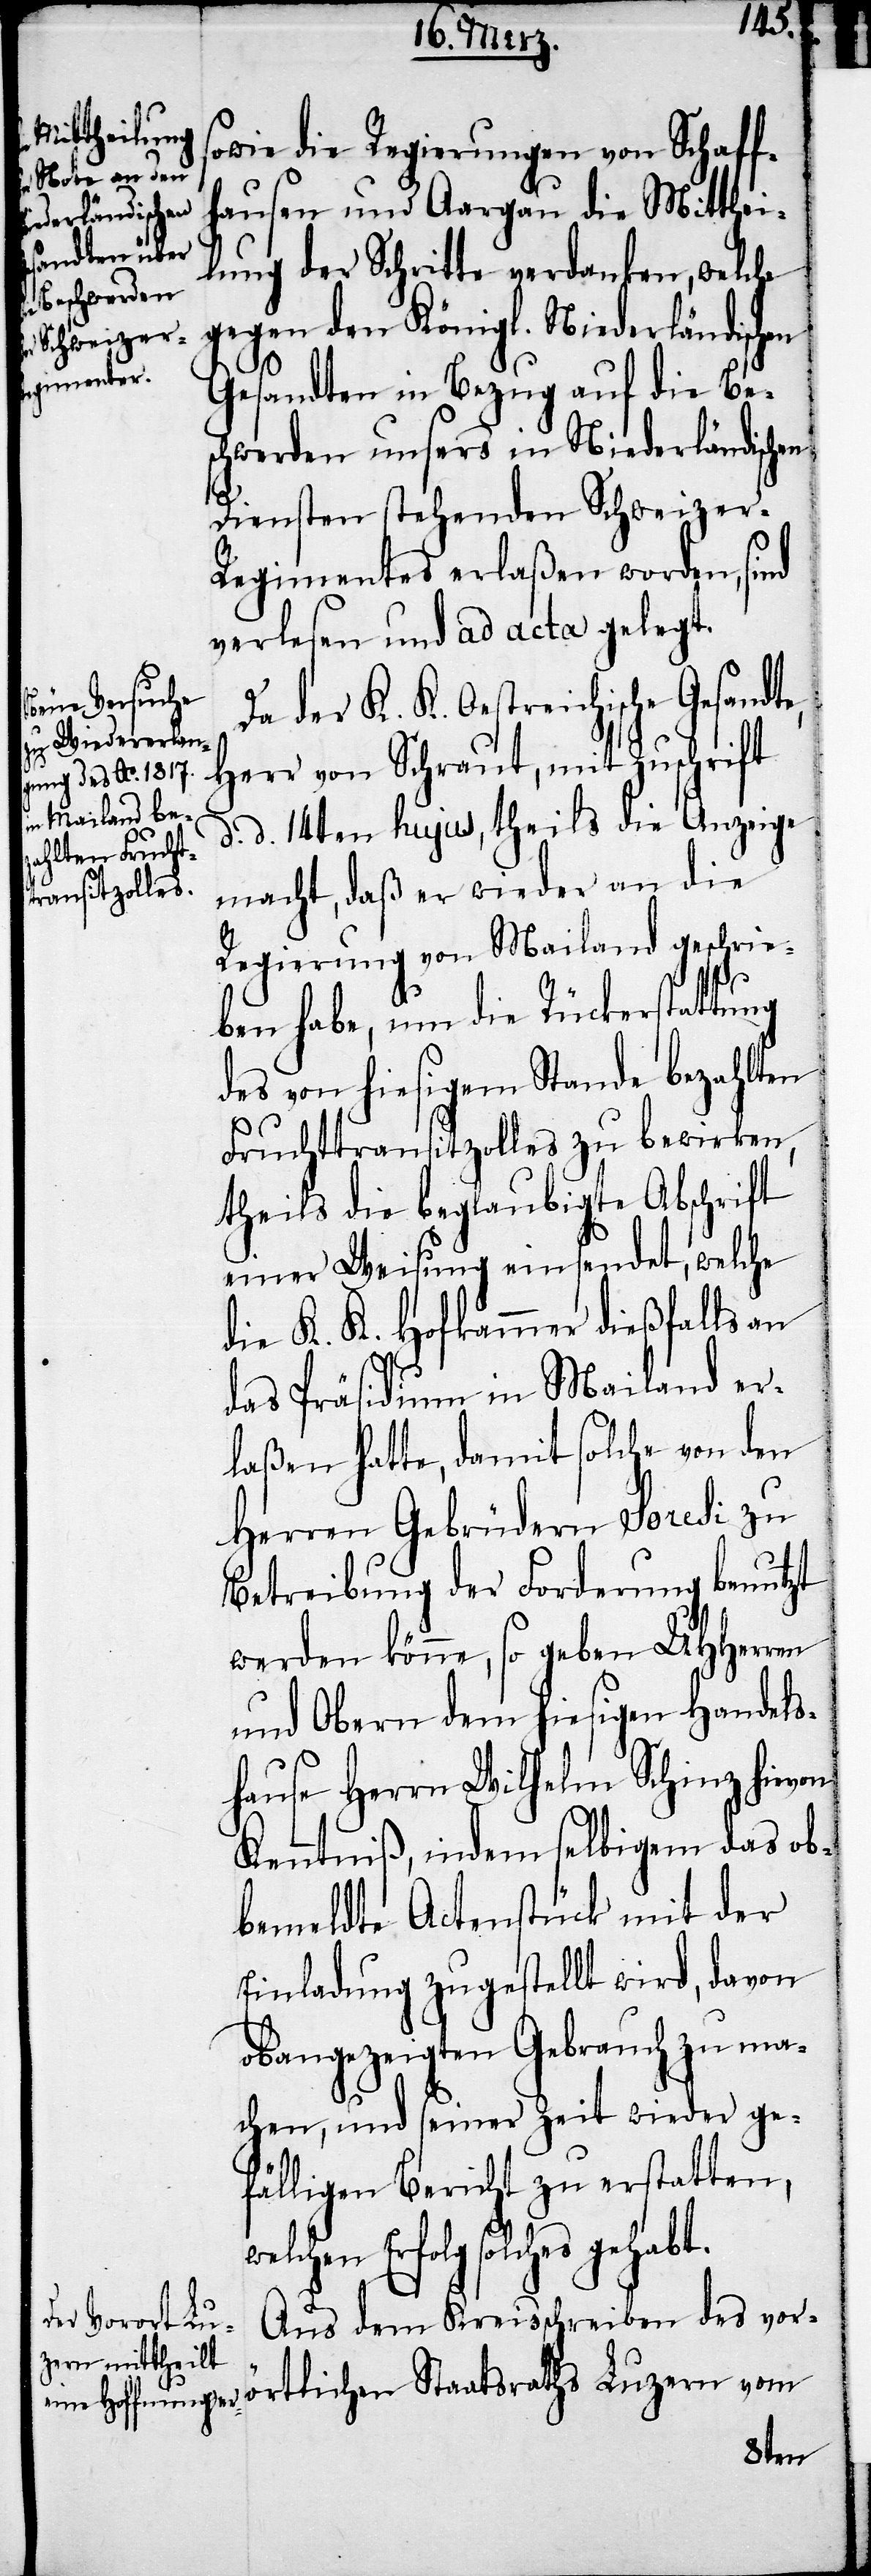
sowie die Regierungen von Schaff¬
hausen und Aargau die Mitthei¬
lung der Schritte verdanken, welche
gegen den Königl. Niederländischen
Gesandten in Bezug auf die Bes¬
chwerden unsers in Niederländischen
Diensten stehenden Schweizer-R¬
egimentes erlaßen worden, sind
verlesen und ad acta gelegt.
Da der K. K. Oestreichische Gesandt¬
e, Herr von Schraut, mit Zuschrift
d. d. 14ten hujus, theils die Anzeige
macht, daß er wieder an die
Regierung von Mailand geschrie¬
ben habe, um die Rückerstattung
des von hiesigem Stande bezahlten
Fruchttransitzolles zu bewirken,
theils die beglaubigte Abschrift
einer Weisung einsendet, welche
die K. K. Hofkammer dießfalls an
das Präsidium in Mailand er¬
laßen hatte, damit solche von den
Herren Gebrüdern Soredi zu
Betreibung der Forderung benutzt
werden könne, so gaben UHHerren
und Obern dem hiesigen Handels¬
hause Herrn Wilhelm Schinz hievon
Kenntniß, indem selbigem das ob¬
bemeldte Actenstück mit der
Einladung zugestellt wird, davon
obangezeigten Gebrauch zu ma¬
chen, und seiner Zeit wieder ge¬
fälligen Bericht zu erstatten,
welchen Erfolg solches gehabt.
Aus dem Kreisschreiben des vor¬
örtlichen Staatsraths Luzern vom